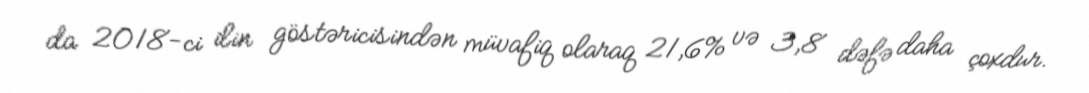
da 2018-ci ilin göstəricisindən müvafiq olaraq 21,6% və 3,8 dəfə daha çoxdur.